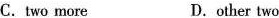
C.two more D.other two